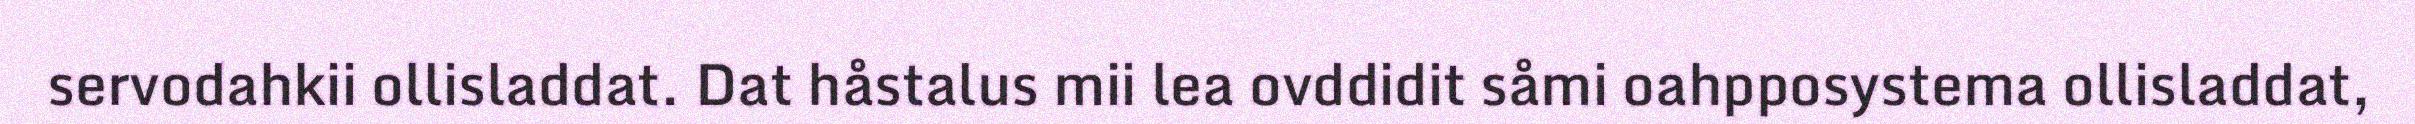
servodahkii ollisladdat. Dat håstalus mii lea ovddidit såmi oahpposystema ollisladdat,